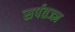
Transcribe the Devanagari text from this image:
सर्पतज्ज्ञ